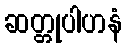
ဆတ္တုပါဟနံ